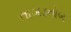
તાબડતોબ